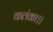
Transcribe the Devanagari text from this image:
कलंका।।